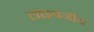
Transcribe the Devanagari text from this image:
लाइवजॉय